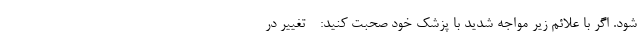
شود. اگر با علائم زیر مواجه شدید با پزشک خود صحبت کنید: - تغییر در